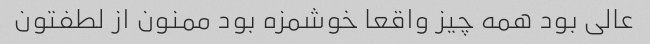
عالی بود همه چیز واقعا خوشمزه بود ممنون از لطفتون